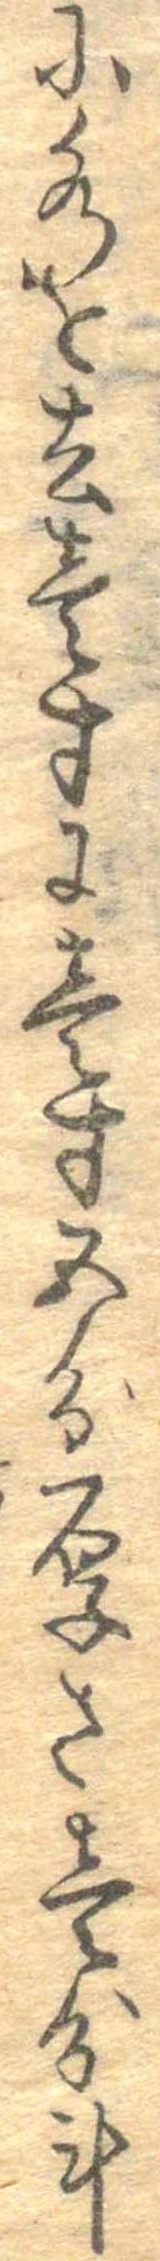
に水を去壱寸に壱寸五分厚さ壱分計